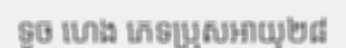
ទូច ហេង ភេទប្រុសអាយុ២៨